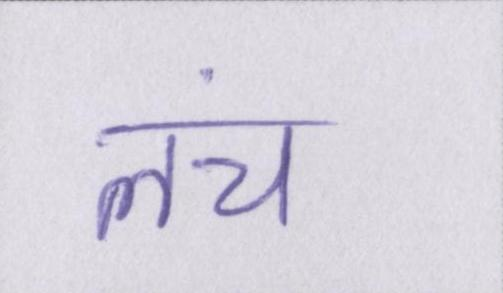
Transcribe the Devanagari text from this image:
लंच